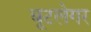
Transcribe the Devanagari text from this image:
बूटलेगर